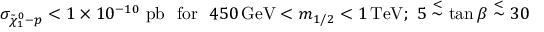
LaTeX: \sigma _ { \tilde { \chi } _ { 1 } ^ { 0 } - p } < 1 \times 1 0 ^ { - 1 0 } \, \, \mathrm { p b } \, \, \, \, \mathrm { f o r } \, \, \, \, 4 5 0 \, \mathrm { G e V } < m _ { 1 / 2 } < 1 \, \mathrm { T e V } ; \, \, 5 \stackrel { < } { \sim } \tan \beta \stackrel { < } { \sim } 3 0